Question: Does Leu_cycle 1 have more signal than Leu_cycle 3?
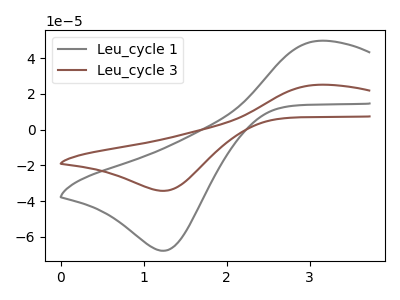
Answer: <think>The gray curve "Leu_cycle 1" has an anodic peak at (3.10V, 49.75uA) and a cathodic peak at (1.25V, -67.75uA). The brown curve "Leu_cycle 3" has an anodic peak at (3.10V, 25.15uA) and a cathodic peak at (1.25V, -34.25uA).
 All the peaks in "Leu_cycle 1" have a peak in "Leu_cycle 3" at the same potential. Every peak in "Leu_cycle 1" is higher than every peak in "Leu_cycle 3".</think>
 <answer>"Leu_cycle 1" has more signal than "Leu_cycle 3".</answer>
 <eval>more_signal</eval>